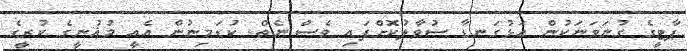
ޕާޓީގެ ގުނަވަނަކުން އަޅުގަނޑާ ސުވާލުކޮށްފައި ވެސް ނެތް. ކުޑަމިނުން އެއީ މުޣުނީގެ ކުރީގެ